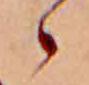
ゝ